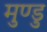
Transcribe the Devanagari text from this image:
मुण्डु